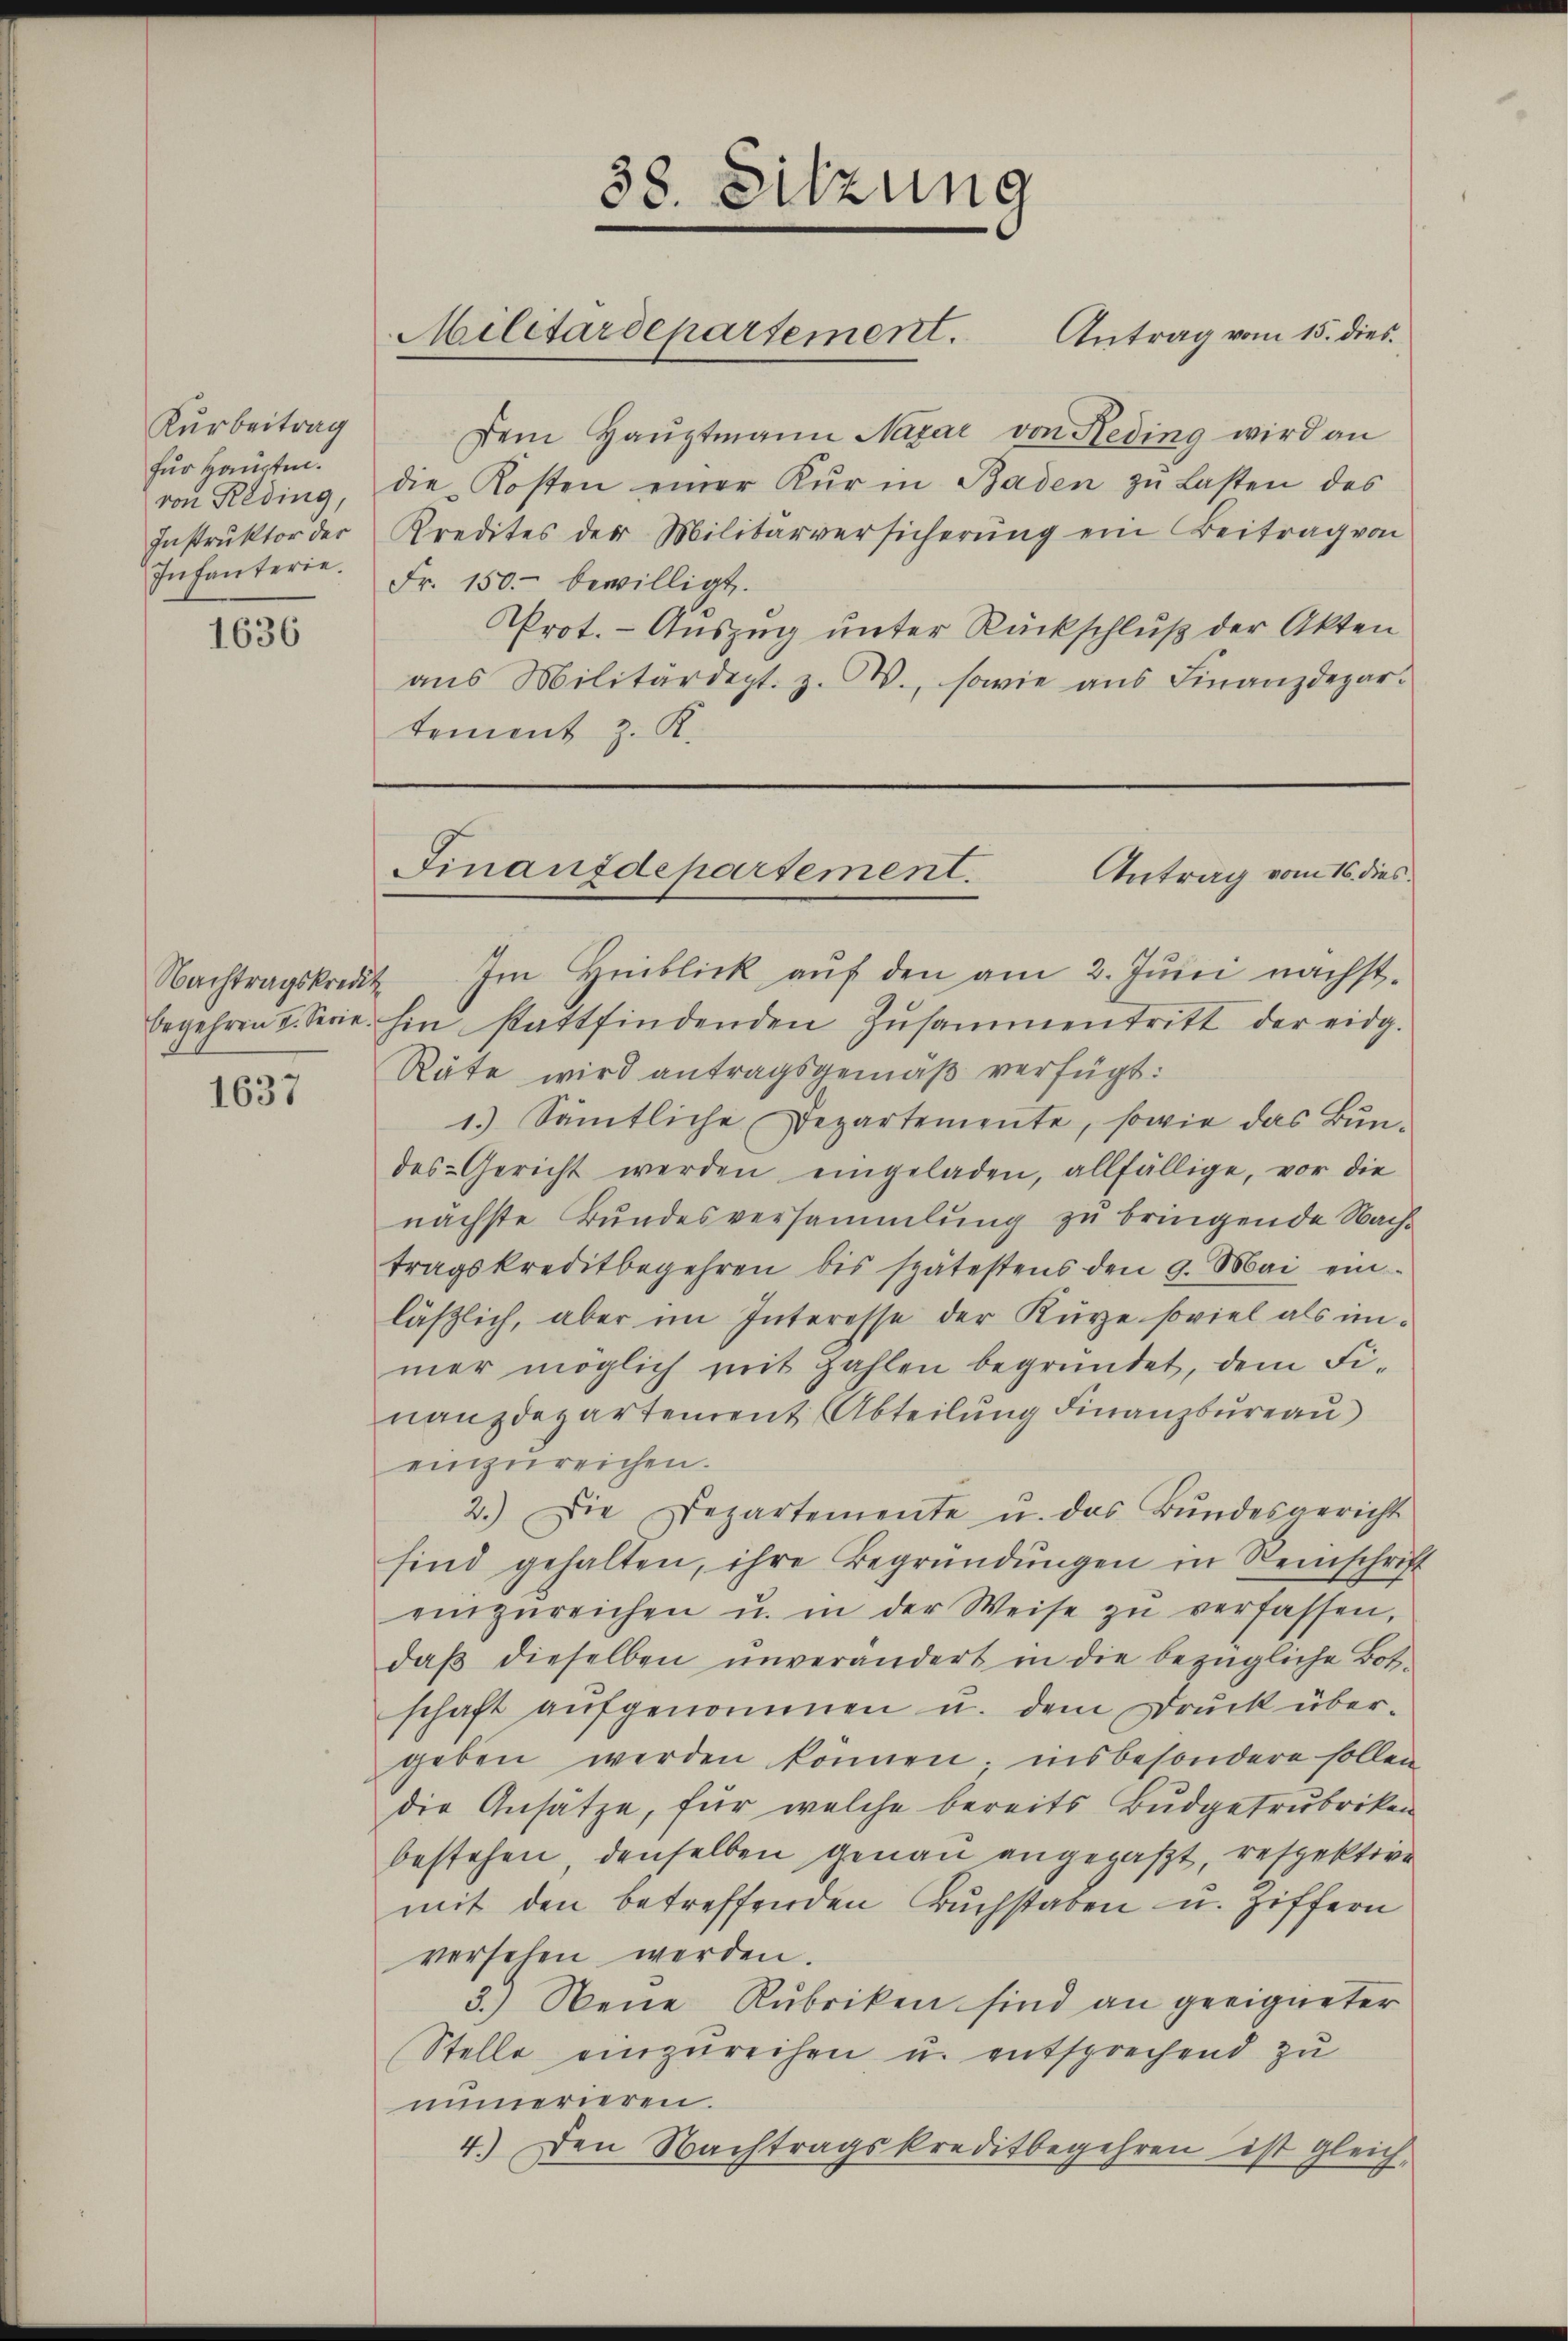
Kurbeitrag
für Hauptm.
von Reding,
Instruktor der
Infanterie.

1636

begehren 2. Serie.

1637

38. Sitzung
Militärdepartement. Antrag vom 15. dies

Dem Haŭptmann Nazar von Reding wird an
die Kosten einer Kur in Baden zu Lasten des
Kredites der Militärversicherŭng ein Beitrag von
Fr. 150.- bewilligt.
Prot. - Auszug unter Rückschluß der Akten
aus Militärdept. z. W., sowie aus Finanzdepartement z. K.

Nachtragskredit Im Hinblick aŭf den am 2. Jŭni nächst.
hin stattfindenden Zusammentritt der eidg.
Räte wird antragsgemäß verfügt:
1.) Sämtliche Departemente, sowie das Bun-
des Gericht werden eingeladen, allfällige, vor die
nächste Bundesversammlung zu bringende Nachtragskreditbegehren bis spätestens den 9. Mai ein
läßlich, aber im Interesse der Kürze soviel als immer möglich mit Zahlen begründet, dem Finanzdepartement Abteilung Finanzbureau
einzureichen.
2.) Die Departemente u. das Bŭndesgericht
sind gehalten, ihre Begründŭngen in Reinschrift
einzŭreichen u. in der Weise zŭ verfassen,
daß dieselben unverändert in die bezügliche Botschaft aufgenommen u. dem Druck übergeben werden können; insbesondere sollen
die Ansätze, für welche bereits Bŭdgetrubriken
bestehen, denselben genau angepaßt, respektive
mit den betreffenden Buchstaben u. Ziffern
versehen werden.
3.) Neue Rubriken sind an geeigneter
Stelle einzureihen u. entsprechend zu
numerieren.
4.) Den Nachtragskreditbegehren ist gleich-

Finanzdepartement.
Antrag vom 16. dies
d